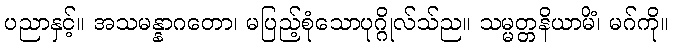
ပညာနှင့်။ အသမန္နာဂတော၊ မပြည့်စုံသောပုဂ္ဂိုလ်သ်ည။ သမ္မတ္တနိယာမိံ၊ မဂ်ကို။